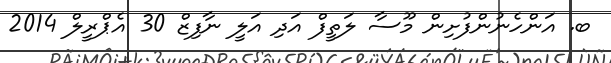
ބ. އަންހެނުންފުށިން މޫސާ ލަތީފް އަދި އަލީ ނާފިޒް 30 އެޕްރީލް 2014